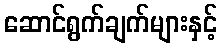
ဆောင်ရွက်ချက်များနှင့်